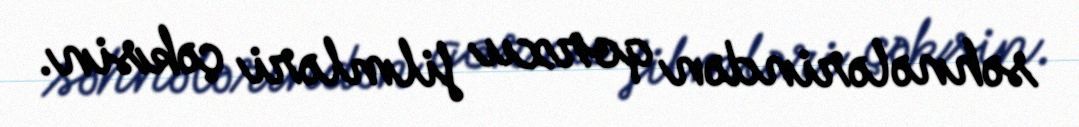
səhnələrindən qorxu filmləri çəksin.